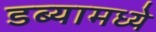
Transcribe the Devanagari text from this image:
डब्यामध्ये